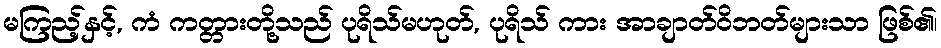
မကြည့်နှင့်, ကံ ကတ္တားတို့သည် ပုရိသ်မဟုတ်, ပုရိသ် ကား အာချာတ်ဝိဘတ်များသာ ဖြစ်၏၊